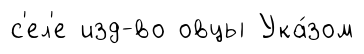
с'ел'е изд-во овцы Ука́зом